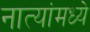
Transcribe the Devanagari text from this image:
नात्यांमध्ये